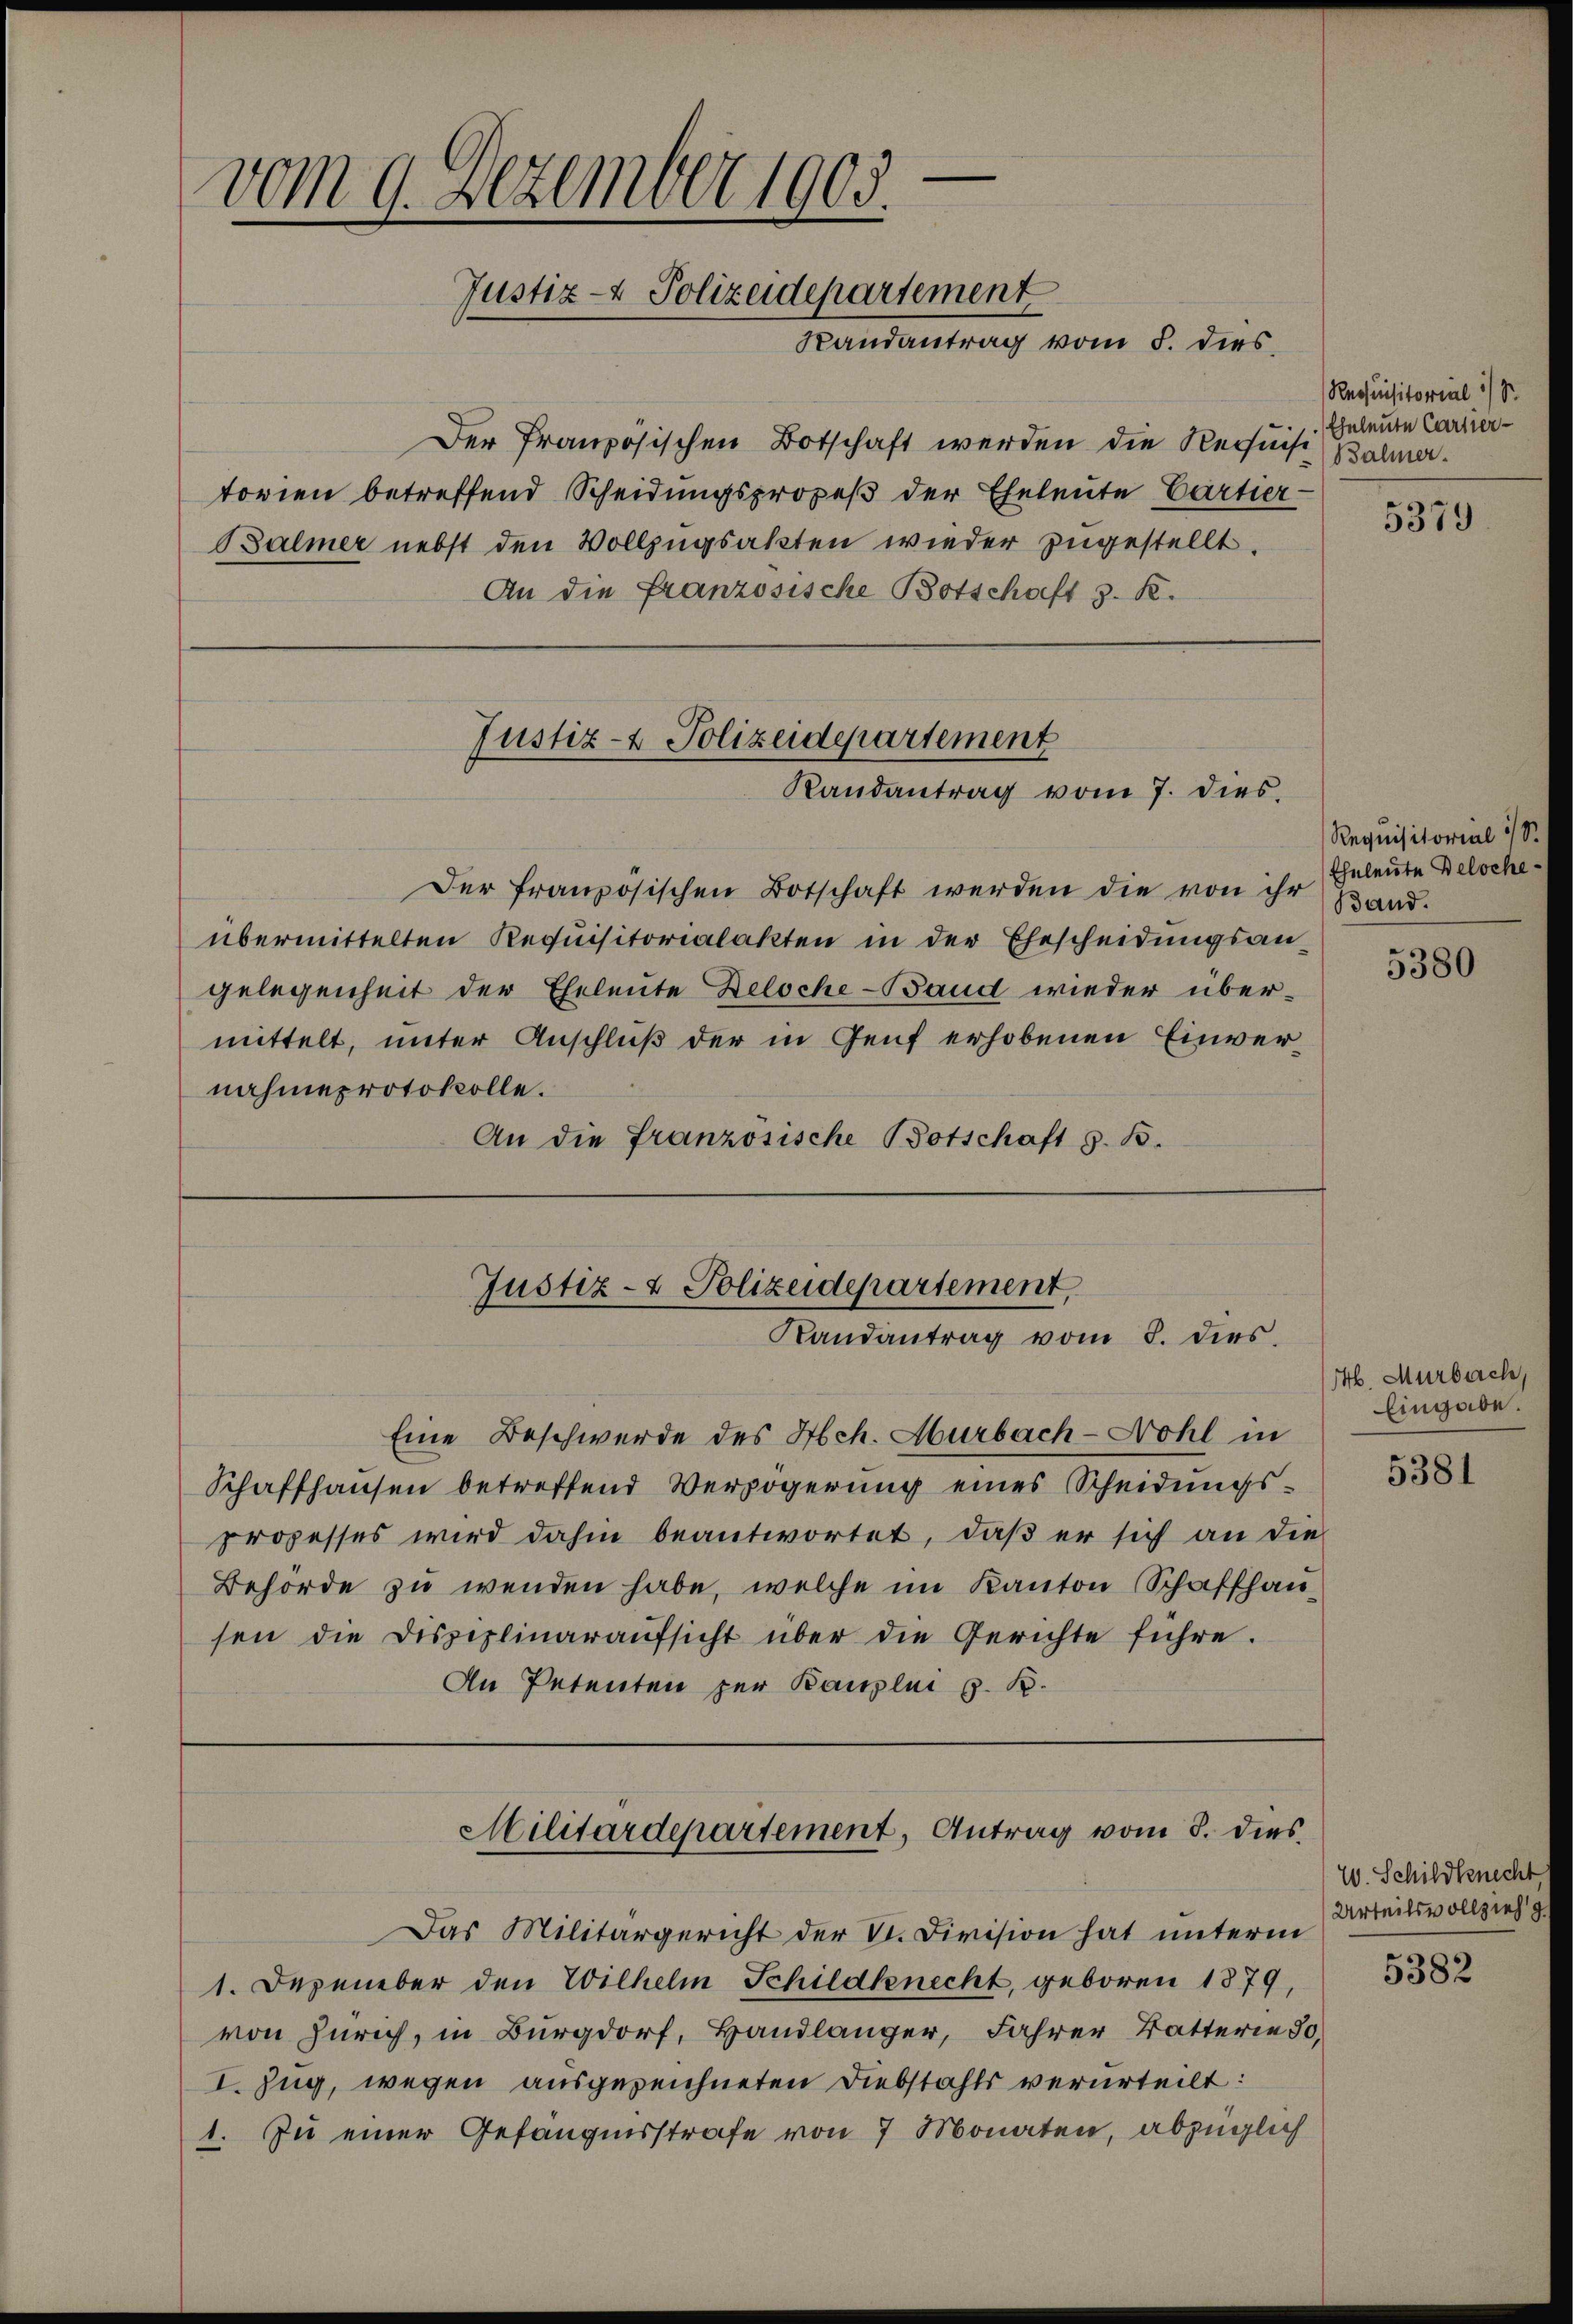
.
vom 9. Dezember 1903.
Justiz- & Polizeidepartement
Randantrag vom 5. dies

Der französischen Botschaft werden die Rechnis
torien betreffend Scheidungsprozeß der Eheleute Cartier-
Balmer nebst den Vollzugsakten wieder zugestellt.
An die französische Botschaft z. K.

Justiz- & Polizeidepartement
Randantrag vom 7. dies

Der französischen Botschaft werden die von ihr
übermittelten Requisitorialakten in der Ehescheidungsangelegenheit der Eheleute Zeloche-Band wieder über-
mittelt, unter Anschluß der in Genf erhobenen Einvernahmeprotokolle.
An die französische Botschaft z. B.

Justiz- & Polizeidepartement,
Randantrag vom 8. dies

Eine Beschwerde des Hch. Murbach-Wohl in
Schaffhausen betreffend Verzögerung eines Scheidungs-
prozesses wird dahin beantwortet, daβ er sich an die
Behörde zu wenden habe, welche im Kanton Schaffhausen die Disziplinaraŭfsicht über die Gerichte führe.
An Petenten zur Bauplni z. B.

Militärdepartement, Antrag vom 8. dies

Das Militärgericht der V. Division hat unterm
1. Dezember den Wilhelm Schildknecht, geboren 1879,
von Zürich, in Burgdorf, Handlanger, Jahrer Batterie 50.
I. Zug, wegen ausgezeichneten Diebstahls verurteilt:
1. Zu einer Gefängnisstrafe von 7 Monaten, abzüglich

Requisitorial :/ S
Eheleute Carter¬
Balmer.

5379

Requisitorial 1/8.
Eheleute Beloche
Band.

5380

4. Murbach,
Eingabe.

5381

W. Schildknecht
Urteilsvollzieh g

5382